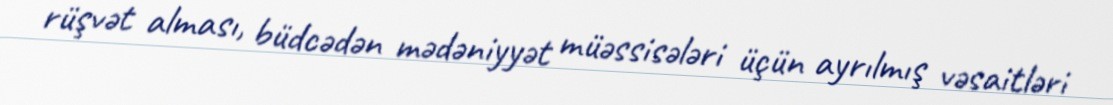
rüşvət alması, büdcədən mədəniyyət müəssisələri üçün ayrılmış vəsaitləri